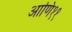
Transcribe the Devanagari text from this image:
आणि११